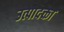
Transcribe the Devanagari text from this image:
उत्पादक्ता